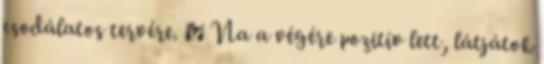
csodálatos tervére. 🙂 Na a végére pozitív lett, látjátok